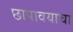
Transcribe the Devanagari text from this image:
छापावयाचा